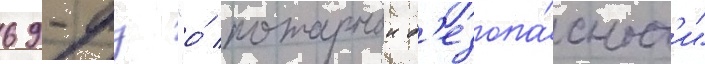
69-фз "о́ пожарнои б'езопа́сност'и"